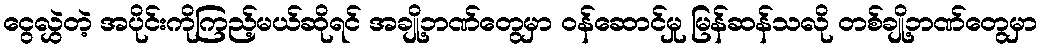
ငွေလွှဲတဲ့ အပိုင်းကိုကြည့်မယ်ဆိုရင် အချို့ဘဏ်တွေမှာ ဝန်ဆောင်မှု မြန်ဆန်သလို တစ်ချို့ဘဏ်တွေမှာ